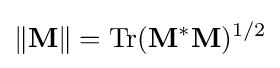
\|\mathbf {M} \|=\operatorname {Tr} (\mathbf {M} ^{*}\mathbf {M} )^{1/2}